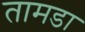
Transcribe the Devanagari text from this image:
तामडा